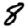
Digit: 8